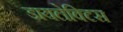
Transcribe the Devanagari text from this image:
डायलेक्टिस